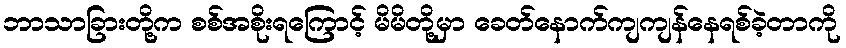
ဘာသာခြားတို့က စစ်အစိုးရကြောင့် မိမိတို့မှာ ခေတ်နောက်ကျကျန်နေရစ်ခဲ့တာကို